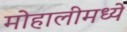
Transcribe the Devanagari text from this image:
मोहालीमध्ये